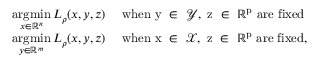
\begin{array} { r l } { \underset { x \in \mathbb { R } ^ { n } } { \mathrm { a r g m i n } } \, L _ { \rho } ( x , y , z ) } & { \mathrm { ~ w h e n ~ y ~ \in ~ \mathcal { Y } , ~ z ~ \in ~ \mathbb { R } ^ p ~ a r e ~ f i x e d } } \\ { \underset { y \in \mathbb { R } ^ { m } } { \mathrm { a r g m i n } } \, L _ { \rho } ( x , y , z ) } & { \mathrm { ~ w h e n ~ x ~ \in ~ \mathcal { X } , ~ z ~ \in ~ \mathbb { R } ^ { p } ~ a r e ~ f i x e d } , } \end{array}